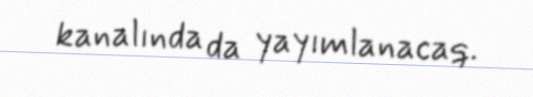
kanalında da yayımlanacaq.